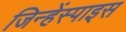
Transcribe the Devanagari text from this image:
जिन्हेंस्पाइस